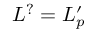
L ^ { ? } = L _ { p } ^ { \prime }